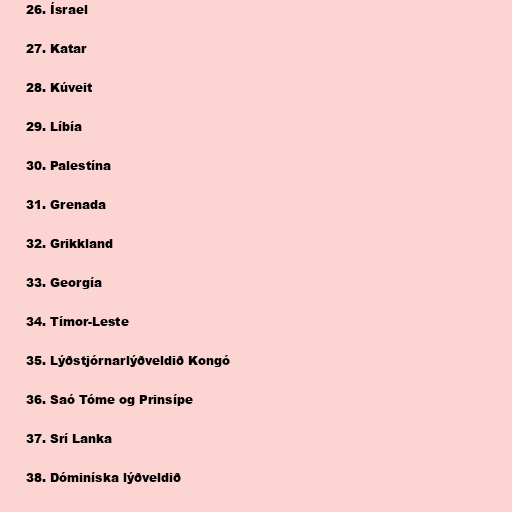
26. Ísrael

27. Katar

28. Kúveit

29. Líbía

30. Palestína

31. Grenada

32. Grikkland

33. Georgía

34. Tímor-Leste

35. Lýðstjórnarlýðveldið Kongó

36. Saó Tóme og Prinsípe

37. Srí Lanka

38. Dóminíska lýðveldið